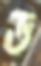
ড